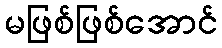
မဖြစ်ဖြစ်အောင်